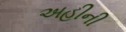
અહીની